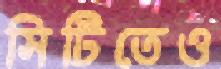
সিটিতেও